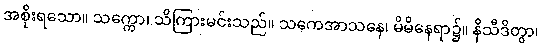
အစိုးရသော။ သက္ကော၊ သိကြားမင်းသည်။ သကေအာသနေ၊ မိမိနေရာ၌။ နိသီဒိတွာ၊